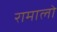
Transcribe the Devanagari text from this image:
रामालो